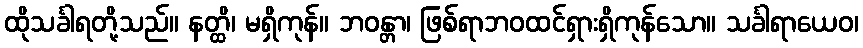
ထိုသင်္ခါရတို့သည်။ နတ္ထိ၊ မရှိကုန်။ ဘဝန္တာ၊ ဖြစ်ရာဘဝထင်ရှားရှိကုန်သော။ သင်္ခါရာယေဝ၊